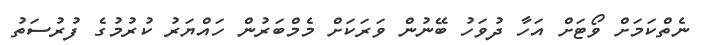
ނެތްކަމަށް ވޯޓަށް އަހާ ދުވަހު ބޭނުން ވަރަކަށް މެމްބަރުން ހައްޔަރު ކުރުމުގެ ފުރުސަތު